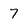
Character: 7